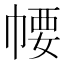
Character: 𢃽